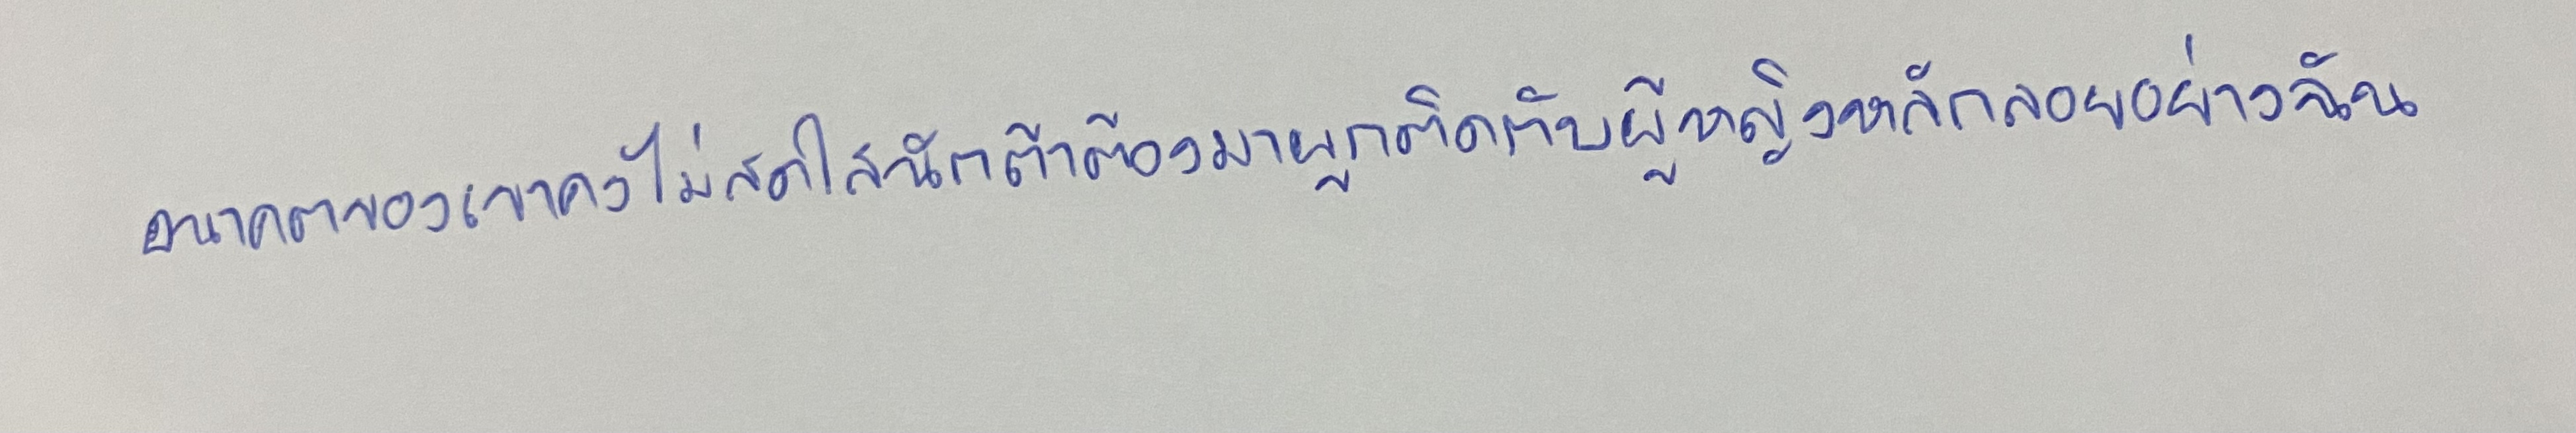
อนาคตของเขาคงไม่สดใสนักถ้าต้องมาผูกติดกับผู้หญิงหลักลอยอย่างฉัน